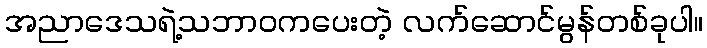
အညာဒေသရဲ့သဘာဝကပေးတဲ့ လက်ဆောင်မွန်တစ်ခုပါ။